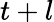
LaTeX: t+l